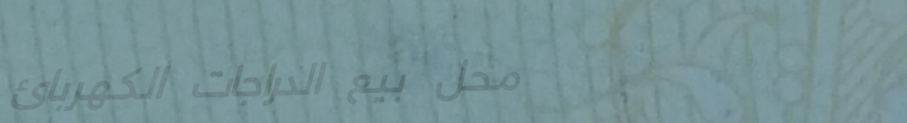
محل بيع الدراجات الكهربائ